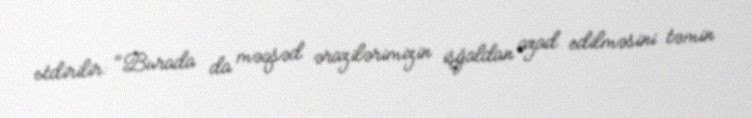
etdirilir: "Burada da məqsəd ərazilərimizin işğaldan azad edilməsini təmin